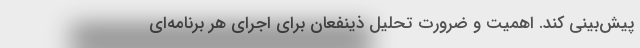
پیش‌بینی کند. اهمیت و ضرورت تحلیل ذینفعان برای اجرای هر برنامه‌ای